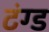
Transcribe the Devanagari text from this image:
टंग्ड